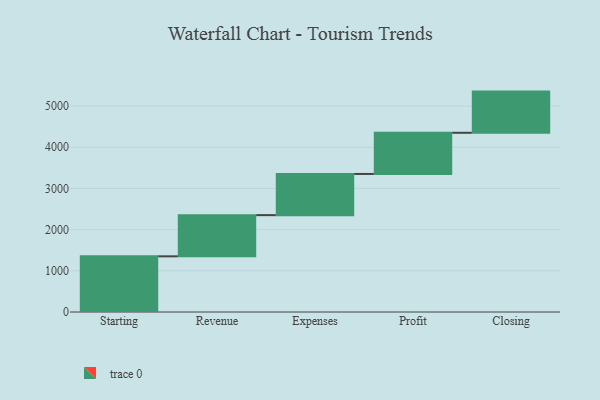
{"axis": {"x": "Step", "y": "Value"}, "legend": [""], "data": [{"x": "Starting", "y": 1352.0, "type": ""}, {"x": "Revenue", "y": 1000, "type": ""}, {"x": "Expenses", "y": 1000, "type": ""}, {"x": "Profit", "y": 1000, "type": ""}, {"x": "Closing", "y": 1000, "type": ""}]}